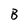
Character: B